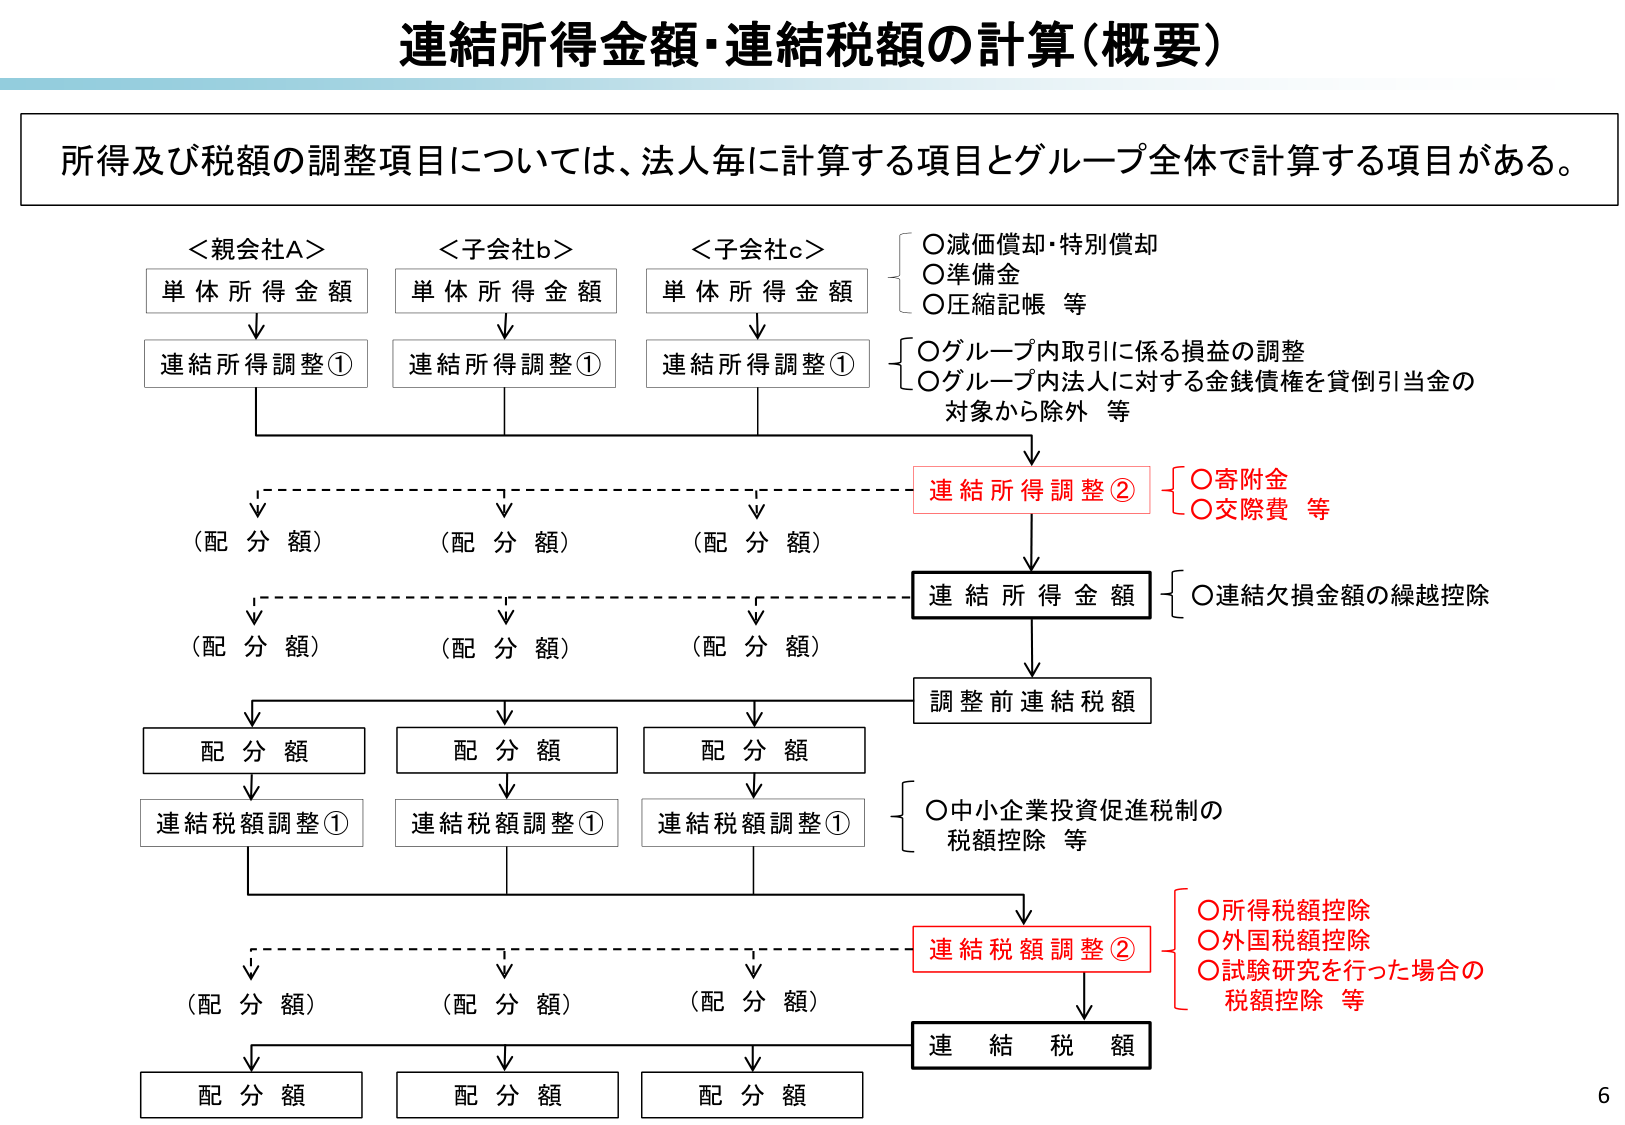
連結所得金額・連結税額の計算（概要）

所得及び税額の調整項目については、法人毎に計算する項目とグループ全体で計算する項目がある。

＜親会社A＞
単体所得金額
↓
連結所得調整①

＜子会社b＞
単体所得金額
↓
連結所得調整①

＜子会社c＞
単体所得金額
↓
連結所得調整①

○減価償却・特別償却
○準備金
○圧縮記帳 等

○グループ内取引に係る損益の調整
○グループ内法人に対する金銭債権を貸倒引当金の
対象から除外 等

↓
連結所得調整②
○寄附金
○交際費 等

↓
連結所得金額
○連結欠損金額の繰越控除

↓
調整前連結税額

↓
配分額
↓
連結税額調整①

↓
配分額
↓
連結税額調整①

↓
配分額
↓
連結税額調整①

○中小企業投資促進税制の
税額控除 等

↓
連結税額調整②
○所得税額控除
○外国税額控除
○試験研究を行った場合の
税額控除 等

↓
連結税額

（配分額）
（配分額）
（配分額）

（配分額）
（配分額）
（配分額）

（配分額）
（配分額）
（配分額）

配分額
配分額
配分額

6